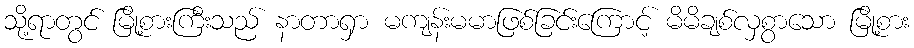
သို့ရာတွင် မြို့စားကြီးသည် နာတာရှာ မကျန်းမမာဖြစ်ခြင်းကြောင့် မိမိချစ်လှစွာသော မြို့စား